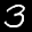
Label: 3